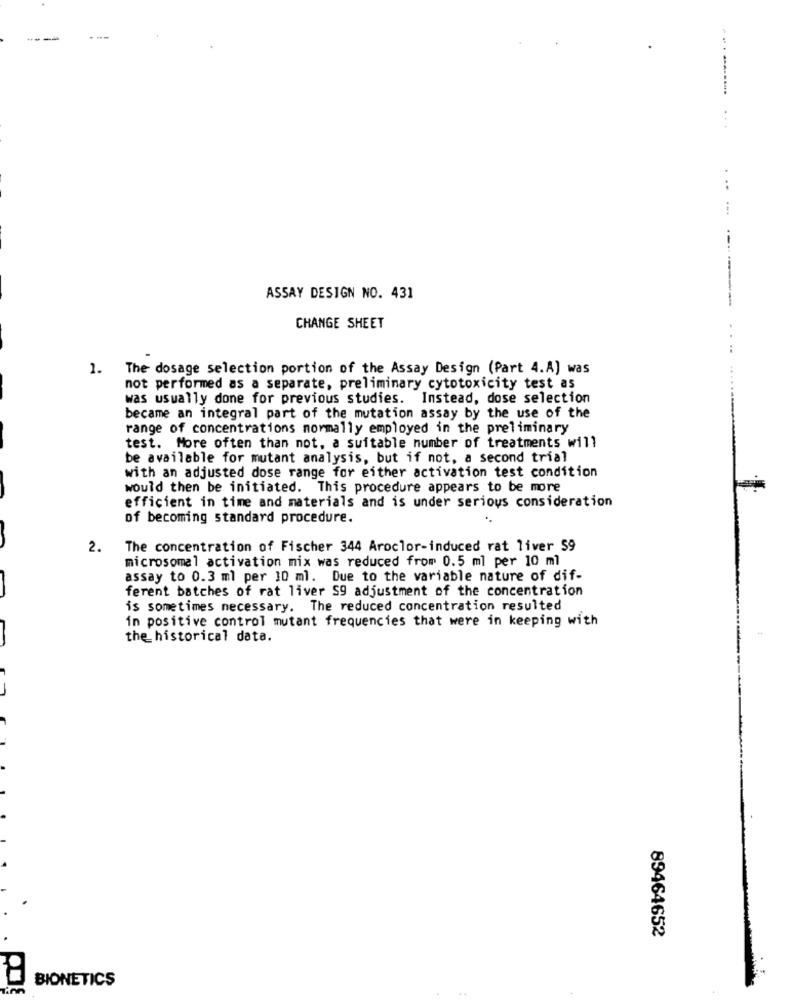
...
..
...
ASSAY DESIGN NO. 431
CHANGE SHEET
1.
The dosage selection portion of the Assay Design (Part 4.A] was
not performed as a separate, preliminary cytotoxicity test as
was usually done for previous studies. Instead, dose selection
became an integral part of the mutation assay by the use of the
range of concentrations normally employed in the preliminary
test. More often than not, a suitable number of treatments will
be available for mutant analysis, but if not, a second trial
with an adjusted dose range for either activation test condition
would then be initiated. This procedure appears to be more
efficient in time and materials and is under serious consideration
of becoming standard procedure.
2.
The concentration of Fischer 344 Aroclor-induced rat liver 59
microsomal activation mix was reduced from 0.5 ml per 10 ml
assay to 0.3 ml per 10 ml. Due to the variable nature of dif-
ferent batches of rat liver S9 adjustment of the concentration
is sometimes necessary. The reduced concentration resulted
in positive control mutant frequencies that were in keeping with
the historical data.
89464652
BIONETICS